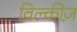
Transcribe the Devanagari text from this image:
विल्कीज़